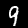
Digit: 9